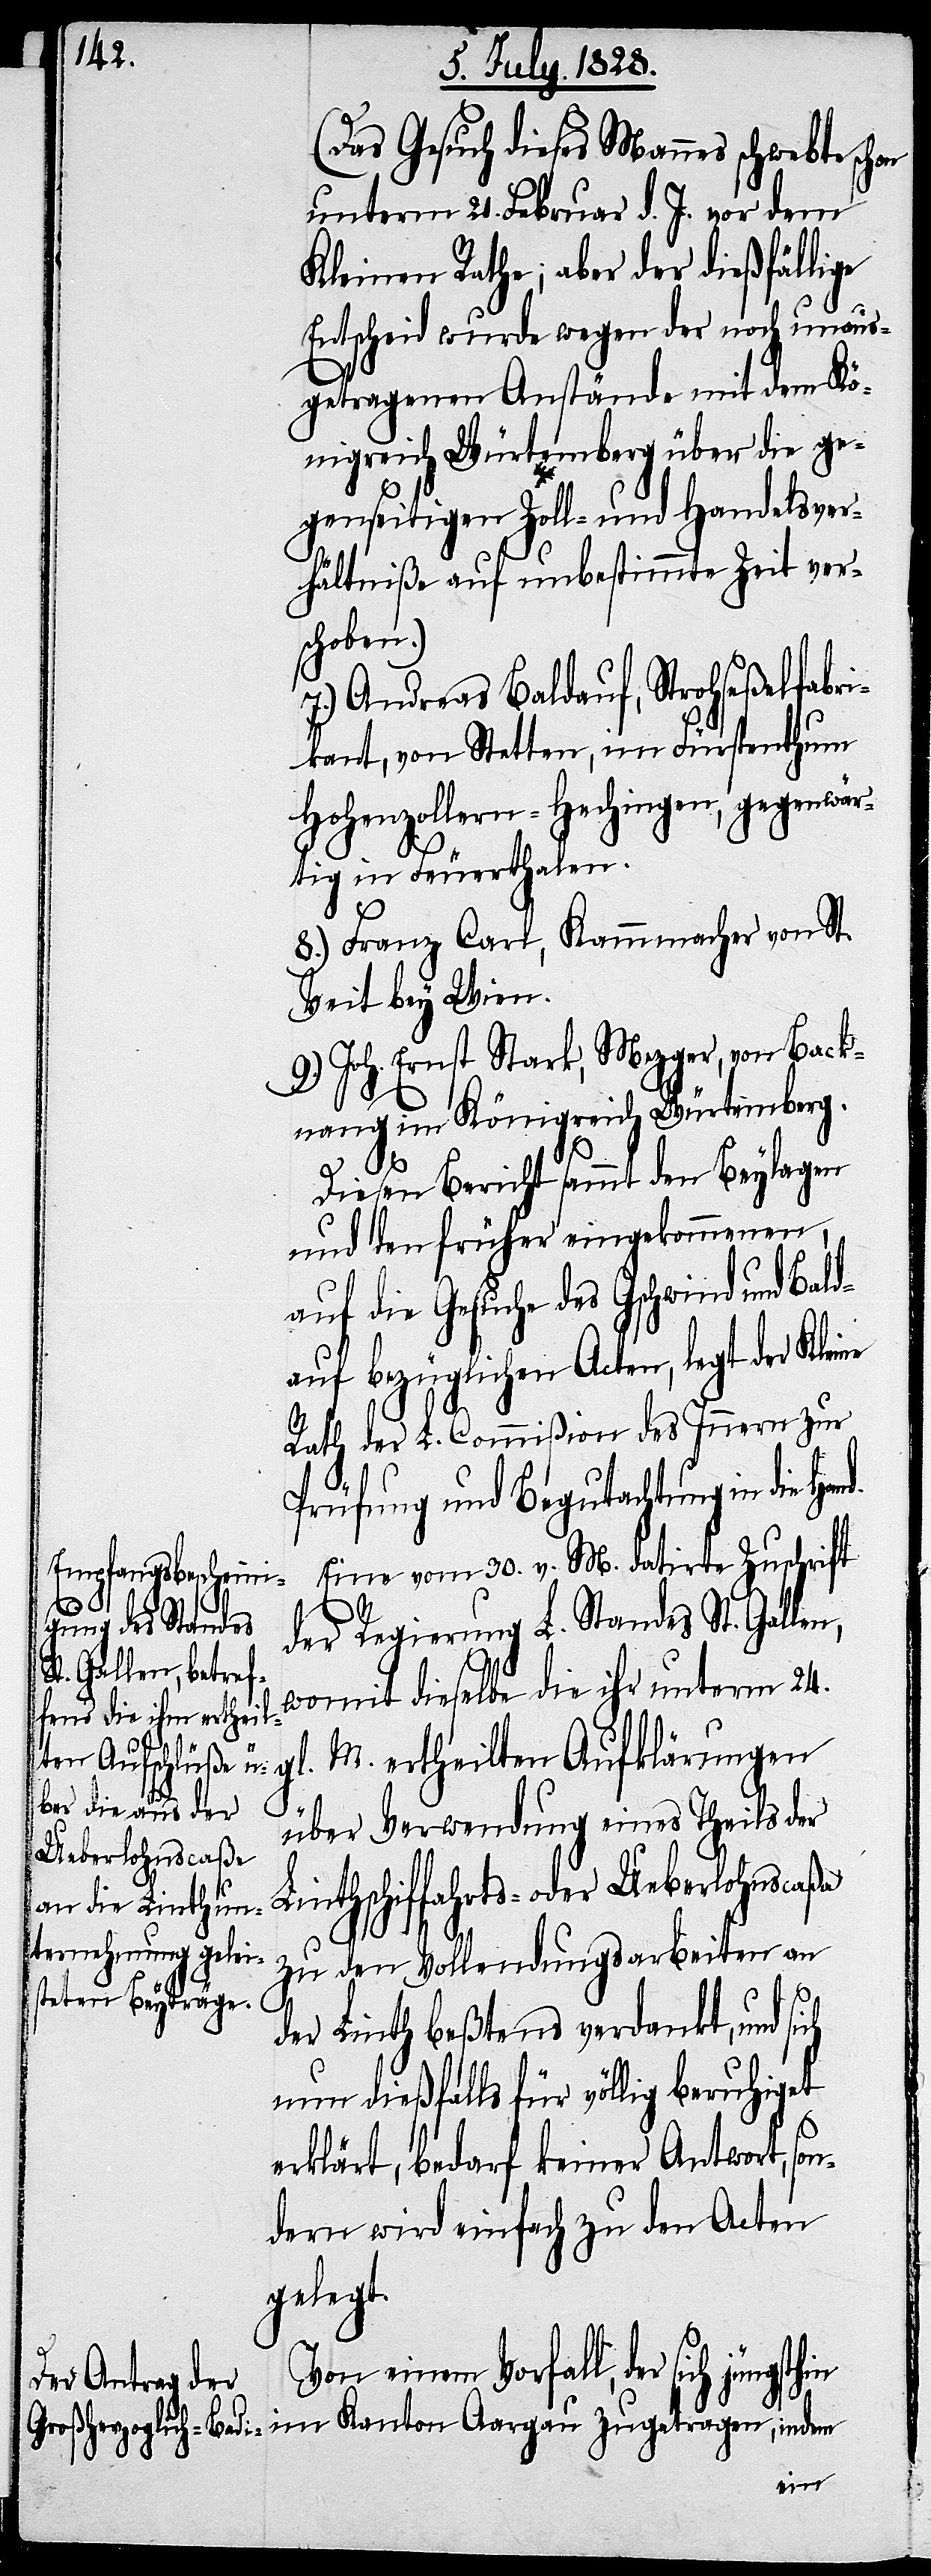
(Das Gesuch dieses Mannes schwebte
unterm 21. Februar d. J, vor dem
Kleinen Rathe; aber der dießfällige
Entscheid wurde wegen der noch unaus¬
getragenen Anstände mit dem Kö¬
nigreich Würtemberg über die ge¬
genseitigen Zoll- und Handelsver¬
hältniße auf unbestimmte Zeit ver¬
schoben.)
7.) Andreas Baldauf, Strohseßelfabri¬
kant, von Stetten, im Fürstenthum
Hohenzollern-Hechingen, gegenwär¬
tig in Feuerthalen.
8.) Franz Carl, Kammmacher von St.
Veit bey Wien.
9.) Joh. Ernst Stark, Mezger, von Back¬
nang im Königreich Würtemberg.
Diesen Bericht sammt den Beylagen
und den frühern eingekommenen,
auf die Gesuche des Gschwind und Bald¬
auf bezüglichen Acten, legt der Kleine
Rath der L. Commißion des Innern zur
Prüfung und Begutachtung in die
Eine vom 30. v. M. datirte Zuschrift
der Regierung L. Standes St. Gallen,
womit dieselbe die ihr unterm 24.
M. ertheilten Aufklärungen
gl.
über Verwendung eines Theils der
Linthschiffahrts- oder Ueberlohnscaßa
zu den Vollendungsarbeiten an
der Linth beßtens verdankt, und sich
um dießfalls für völlig beruhiget
erklärt, bedarf keiner Antwort, so¬
ndern wird einfach zu den Acten
gelegt.
in im Kanton Aargau zugetra¬
gen,